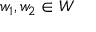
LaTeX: w _ { 1 } , w _ { 2 } \in W